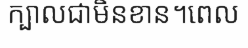
ក្បាលជាមិនខាន។ពេល